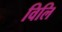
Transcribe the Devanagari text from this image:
विलि